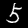
Label: 5